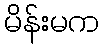
မိန်းမက